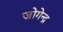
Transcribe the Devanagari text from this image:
जोगेन्द्र